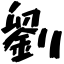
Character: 劉